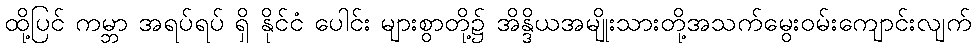
ထို့ပြင် ကမ္ဘာ အရပ်ရပ် ရှိ နိုင်ငံ ပေါင်း များစွာတို့၌ အိန္ဒိယအမျိုးသားတို့အသက်မွေးဝမ်းကျောင်းလျက်